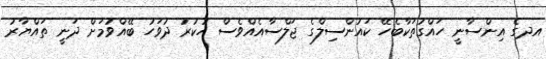
އދގެ އިންސާނީ ހައްގުތަކާބެހޭ ކައުންސިލްގެ ޖަލްސާއެއްވެސް ހުކުރު ދުވަހު ބޭއްވުމަށް ދަނީ ތައްޔާރު